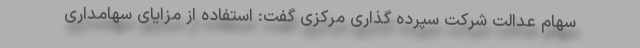
سهام عدالت شرکت سپرده گذاری مرکزی گفت: استفاده از مزایای سهامداری